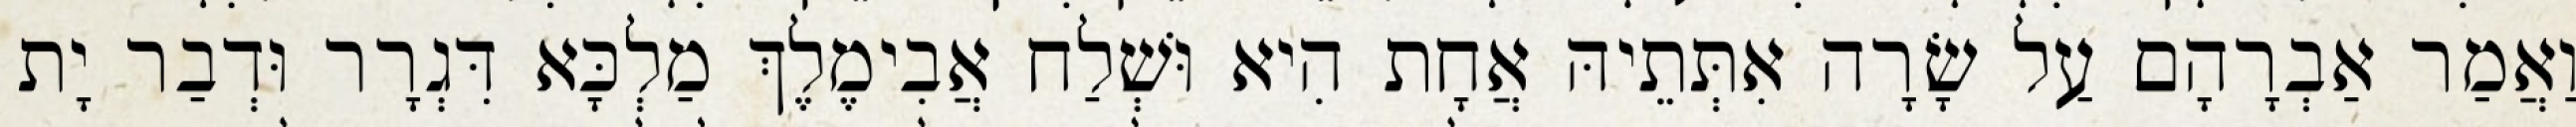
וַאֲמַר אַבְרָהָם עַל שָׂרָה אִתְּתֵיהּ אֲחָת הִיא וּשְׁלַח אֲבִימֶלֶךְ מַלְכָּא דִּגְרָר וּדְבַר יָת